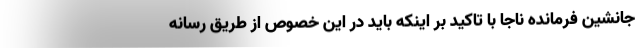
جانشین فرمانده ناجا با تاکید بر اینکه باید در این خصوص از طریق رسانه